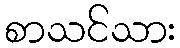
စာသင်သား